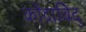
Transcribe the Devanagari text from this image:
कोंदाविदु